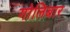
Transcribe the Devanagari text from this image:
गोलिबार